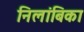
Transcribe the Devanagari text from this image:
निलांबिका